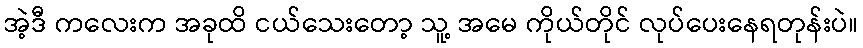
အဲ့ဒီ ကလေးက အခုထိ ငယ်သေးတော့ သူ့ အမေ ကိုယ်တိုင် လုပ်ပေးနေရတုန်းပဲ။